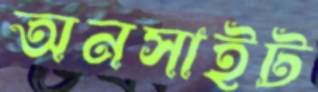
অনসাইট